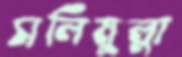
সলিমুল্লা